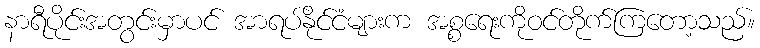
နာရီပိုင်းအတွင်းမှာပင် အာရပ်နိုင်ငံများက အစ္စရေးကိုဝင်တိုက်ကြတော့သည်။